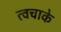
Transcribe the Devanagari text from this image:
त्वचाके